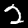
Label: 2